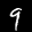
Label: 9